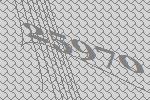
25970